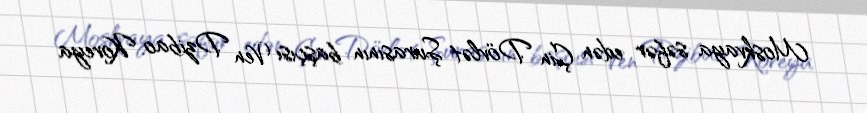
Moskvaya səfər edən Çin Dövlət Şurasının başçısı Ven Dzibao Koreya